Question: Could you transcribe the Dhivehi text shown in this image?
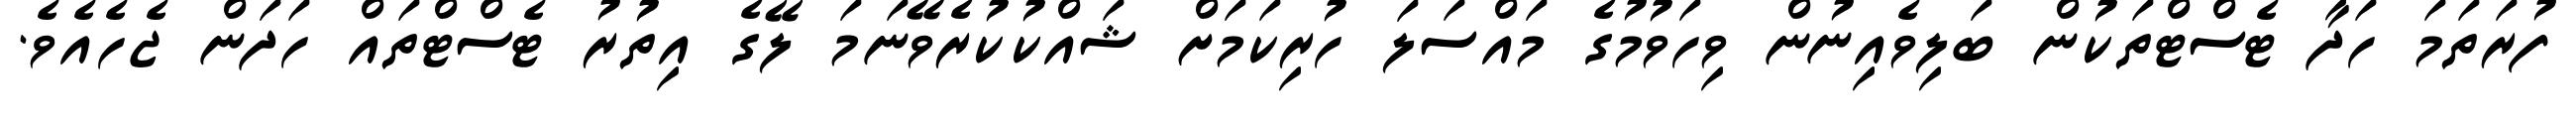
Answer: ފުރަތަމަ ހަދާ ޓެސްޓްތަކުން ބަލިވެއިނުން ވިހަވުމުގެ މައްސަލަ ހުރިކަމަށް ޝައްކުކުރެވޭނަމަ ލޭގެ އިތުރު ޓެސްޓްތައް ހަދަން ޖެހެއެވެ.